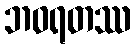
ဘဝရတဿ